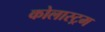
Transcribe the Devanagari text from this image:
कोलास्ट्रम